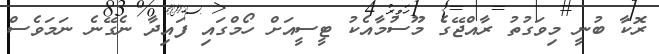
ރޮކާ ބުނީ މިވަގުތު ރާއްޖޭގެ މޫސުމާއެކު ޓީސީއަށް ހޯމްގައި ފައިދާ ނެގޭނެ ނަމަވެސް